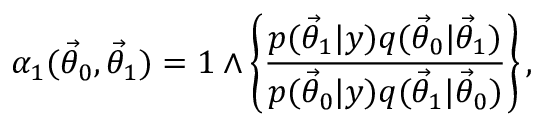
\alpha _ { 1 } ( \ensuremath { \vec { \theta } } _ { 0 } , \ensuremath { \vec { \theta } } _ { 1 } ) = 1 \wedge \left\{ \frac { p ( \ensuremath { \vec { \theta } } _ { 1 } | y ) q ( \ensuremath { \vec { \theta } } _ { 0 } | \ensuremath { \vec { \theta } } _ { 1 } ) } { p ( \ensuremath { \vec { \theta } } _ { 0 } | y ) q ( \ensuremath { \vec { \theta } } _ { 1 } | \ensuremath { \vec { \theta } } _ { 0 } ) } \right\} ,